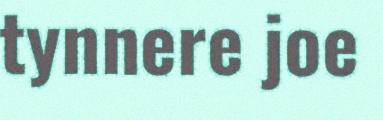
tynnere joe